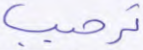
ترحيب